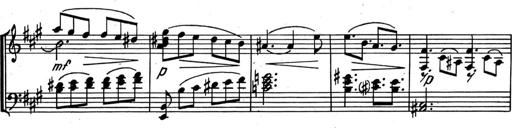
Title: Kleine Sonate
Composer: Raoul Koczalski
Key: C major